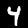
Digit: 4